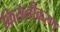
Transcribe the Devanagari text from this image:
किसनीकरण